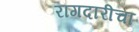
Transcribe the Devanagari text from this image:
रागदारीचा